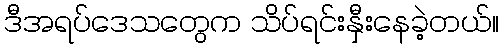
ဒီအရပ်ဒေသတွေက သိပ်ရင်းနှီးနေခဲ့တယ်။